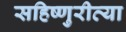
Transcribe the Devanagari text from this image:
सहिष्णुरीत्या